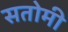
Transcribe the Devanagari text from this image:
सतोमी